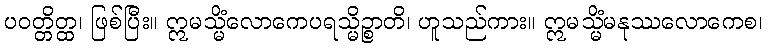
ပဝတ္တိတ္ထ၊ ဖြစ်ပြီး။ ဣမသ္မိံလောကေပရသ္မိဉ္စာတိ၊ ဟူသည်ကား။ ဣမသ္မိံမနုဿလောကေစ၊